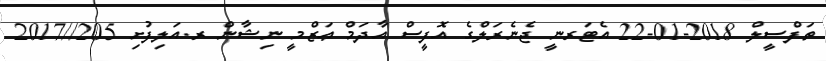
ތަފްސީލް 2018-01-22 އެޓަރނީ ޖެނެރަލްގެ އޮފީސް އާދަމް ޢަޒްމީ ނިޝާން ރ.އަލިފުށި 205//2017